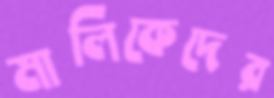
মালিকেদের